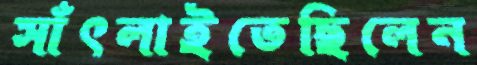
সাঁৎলাইতেছিলেন